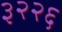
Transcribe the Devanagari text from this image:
३२२६